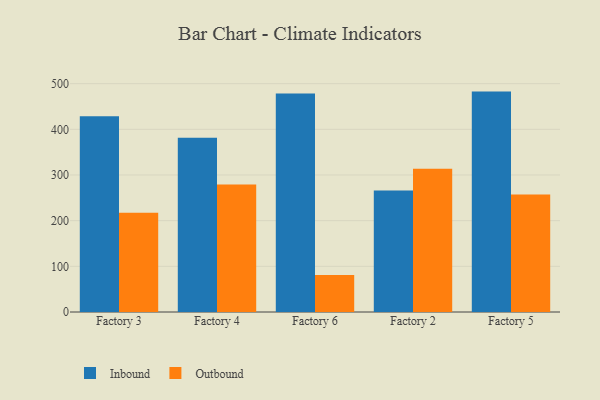
{"axis": {"x": "Factory", "y": "Demand Index"}, "legend": ["Inbound", "Outbound"], "data": [{"x": "Factory 3", "y": 428.6, "type": "Inbound"}, {"x": "Factory 3", "y": 217.3, "type": "Outbound"}, {"x": "Factory 4", "y": 381.3, "type": "Inbound"}, {"x": "Factory 4", "y": 279.4, "type": "Outbound"}, {"x": "Factory 6", "y": 478.4, "type": "Inbound"}, {"x": "Factory 6", "y": 80.8, "type": "Outbound"}, {"x": "Factory 2", "y": 265.9, "type": "Inbound"}, {"x": "Factory 2", "y": 313.5, "type": "Outbound"}, {"x": "Factory 5", "y": 482.6, "type": "Inbound"}, {"x": "Factory 5", "y": 257.4, "type": "Outbound"}]}